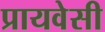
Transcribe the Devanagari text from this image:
प्रायवेसी